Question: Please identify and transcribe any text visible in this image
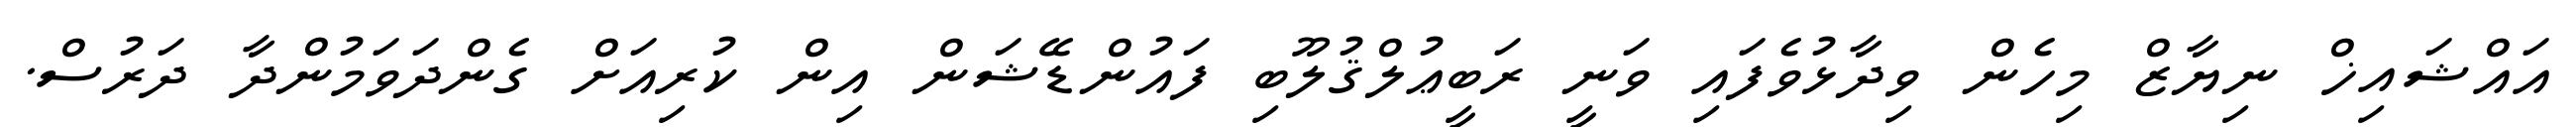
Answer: އައްޝައިޚް ނިޔާޒް މިހެން ވިދާޅުވެފައި ވަނީ ރަބީޢުލްޤުލޫބި ފައުންޑޭޝަން އިން ކުރިއަށް ގެންދަވަމުންދާ ދަރުސް.